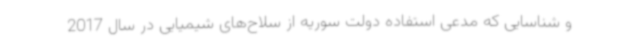
و شناسایی که مدعی استفاده دولت سوریه از سلاح‌های شیمیایی در سال 2017